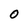
Character: 0